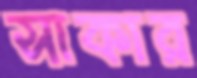
সাকার